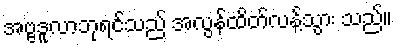
အဗ္ဗဒူလာဘုရင်သည် အလွန်ထိတ်လန့်သွား သည်။